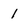
Character: 1